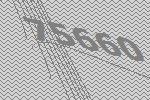
75660